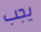
يجب